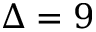
\Delta = 9